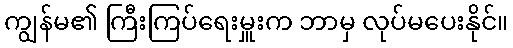
ကျွန်မ၏ ကြီးကြပ်ရေးမှူးက ဘာမှ လုပ်မပေးနိုင်။